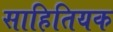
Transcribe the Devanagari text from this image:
साहितियक